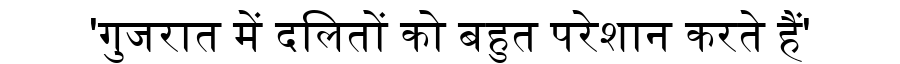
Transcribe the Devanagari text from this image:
'गुजरात में दलितों को बहुत परेशान करते हैं'